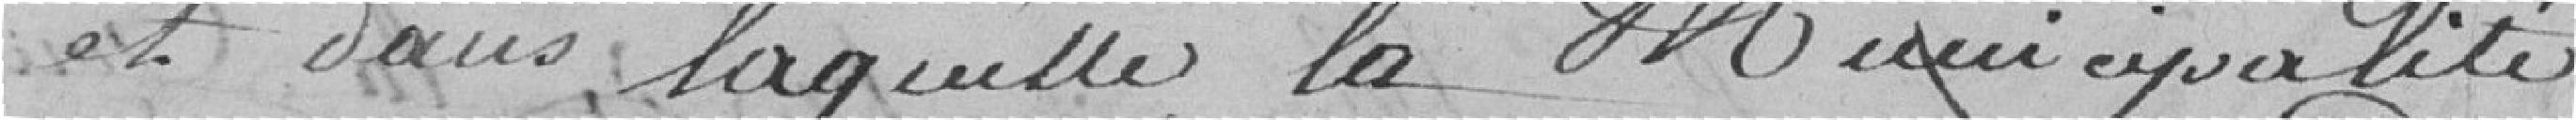
et dans laquelle la municipalité